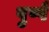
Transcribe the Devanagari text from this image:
पुष्पै